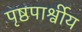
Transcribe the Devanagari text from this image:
पृष्ठपार्श्वीय